Report on sanitation, dispensaries, and jails in Rajputana for 1914, and on vaccination for the year 1914-1915 - 1914-1915
Year: 1914
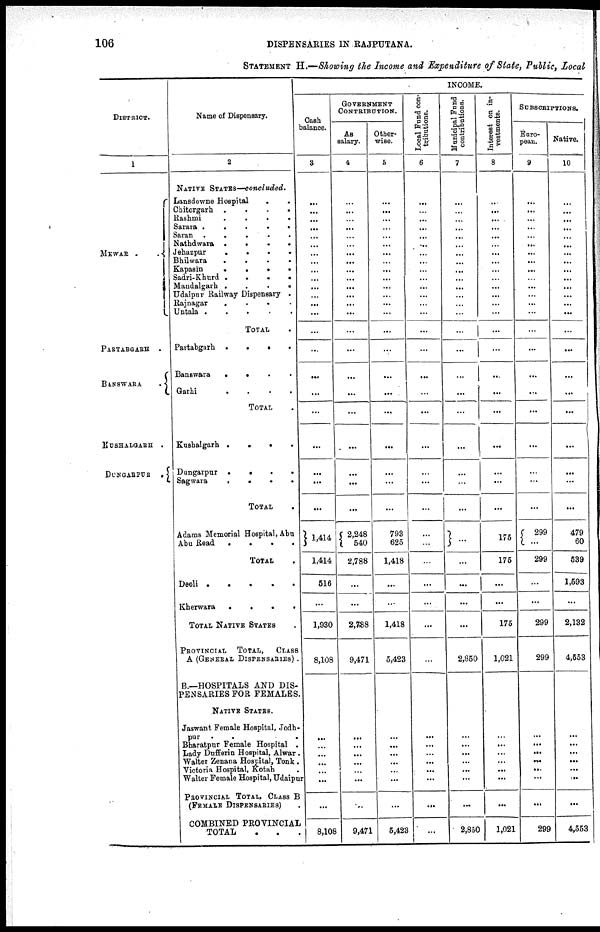
106
DISPENSARIES IN RAJPUTANA.
STATEMENT H.—Showing the Income and Expenditure of State, Public, Local
DISTRICT.
1
MEWAR .
.
PARTABGARH .
BANSWARA
.
KUSHALGARH .
DUNGARPUR .
Name of Dispensary.
2
NATIVE STATES—concluded.
Lansdowne Hospital
.
.
Chitorgarh .
.
.
.
Rashmi
.
.
.
.
Sarara .
.
.
.
.
Saran .
.
.
.
.
Nathdwara .
.
.
.
Jehazpur
.
.
.
.
Bhilwara
.
.
.
.
Kapasin
.
.
.
.
Sadri-Khurd .
.
.
.
Mandalgarh .
.
.
.
Udaipur Railway Dispensary .
Rajnagar
.
.
.
.
Untala . .
.
.
.
TOTAL .
Partabgarh .
.
.
.
Banswara
.
. . .
Garhi
.
.
.
.
TOTAL .
Kushalgarh .
.
.
.
Dungarpur .
.
.
.
Sagwara
.
.
.
.
TOTAL .
Adams Memorial Hospital, Abu
Abu Road
.
.
.
.
TOTAL .
Deoli .
.
. . .
Kherwara
.
.
.
.
TOTAL NATIVE STATES .
PROVINCIAL TOTAL,
CLASS
A (GENERAL DISPENSARIES) .
B.—HOSPITALS AND DIS-
PENSARIES FOR FEMALES.
NATIVE STATES.
Jaswant Female Hospital, Jodh¬
pur
. . .
Bharatpur Female Hospital .
Lady Dufferin Hospital, Alwar .
Walter Zenana Hospital, Tonk .
Victoria Hospital, Kotah .
Walter Female Hospital, Udaipur
PROVINCIAL TOTAL, CLASS B
(FEMALE DISPENSARIES) .
COMBINED PROVINCIAL
TOTAL . . .
INCOME.
Cash
balance.
3
...
...
...
...
...
...
...
...
...
...
...
...
...
...
...
...
...
...
...
...
...
...
...
1,414
1,414
516
...
1,930
8,108
...
...
...
...
...
...
...
8,108
GOVERNMENT
CONTRIBUTION.
As
salary.
4
...
...
...
...
...
...
...
...
...
...
...
...
...
...
...
...
...
...
...
...
...
...
...
2,248
540
2,788
...
...
2,788
9,471
...
...
...
...
...
...
..
9,471
Other-
wise.
5
...
...
...
...
...
...
...
...
...
...
...
...
...
...
...
...
...
...
...
...
...
...
...
793
625
1,418
...
...
1,418
5,423
...
...
...
...
...
...
...
5,423
Local Fund con-
tributions.
6
...
...
...
...
...
...
...
...
...
...
...
...
...
...
...
...
...
...
...
...
...
...
...
...
...
...
...
...
...
...
...
...
...
...
...
...
...
...
Municipal Fund
contributions.
7
...
...
...
...
...
...
...
...
...
...
...
...
...
...
... ...
...
...
...
...
...
...
...
...
...
...
...
...
2,850
...
...
...
...
...
...
...
2,850
Interest on in-
vestments.
8
...
...
...
...
...
...
...
...
...
...
...
...
...
...
...
...
...
...
...
...
...
...
...
175
175
...
...
145
1,021
...
...
...
...
...
...
...
1,021
SUBSCRIPTIONS.
Euro-
pean.
9
...
...
...
...
...
...
...
...
...
...
...
...
...
...
...
...
...
...
...
...
...
...
...
299
...
299
...
...
299
299
...
...
...
...
...
...
...
299
Native.
10
...
...
...
...
...
...
...
...
...
...
...
...
...
...
...
...
...
...
...
...
...
...
...
479
60
539
1,593
...
2,132
4,553
...
...
...
...
...
...
...
4,553